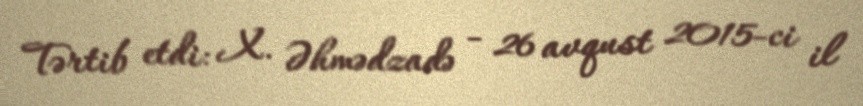
Tərtib etdi: X. Əhmədzadə - 26 avqust 2015-ci il